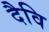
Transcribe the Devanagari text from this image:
दैवि